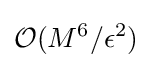
{\mathcal {O}}(M^{6}/\epsilon ^{2})